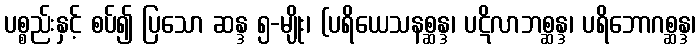
ပစ္စည်းနှင့် စပ်၍ ပြသော ဆန္ဒ ၅-မျိုး၊ (ပရိယေသနစ္ဆန္ဒ၊ ပဋိလာဘစ္ဆန္ဒ၊ ပရိဘောဂစ္ဆန္ဒ၊